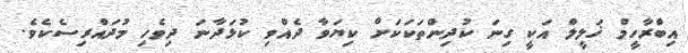
އިބްރާހީމް ޚަލީލް އަކީ ގިނަ ކުދިންތަކަކަށް ކިޔަވާ ދެއްވި ކުޅަދާނަ ދިވެހި މުދައްރިސެކެވެ.